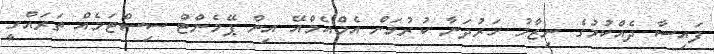
ފައިސާ ދެއްކުމުގެ ނިޒާމު ހަރުދަނާ ކުރުމަށް އެމްއެމްއޭ އިން ޕޭމެންޓް ސިސްޓަމެއް ތަރައްގީ